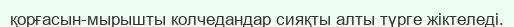
қорғасын-мырышты колчедандар сияқты алты түрге жіктеледі.